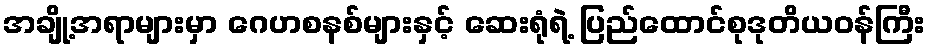
အချို့အရာများမှာ ဂေဟစနစ်များနှင့် ဆေးရုံရဲ့ ပြည်ထောင်စုဒုတိယဝန်ကြီး